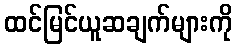
ထင်မြင်ယူဆချက်များကို